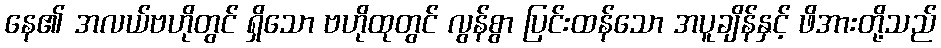
နေ၏ အလယ်ဗဟိုတွင် ရှိသော ဗဟိုထုတွင် လွန်စွာ ပြင်းထန်သော အပူချိန်နှင့် ဖိအားတို့သည်